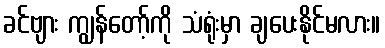
ခင်ဗျား ကျွန်တော့်ကို သံရုံးမှာ ချပေးနိုင်မလား။